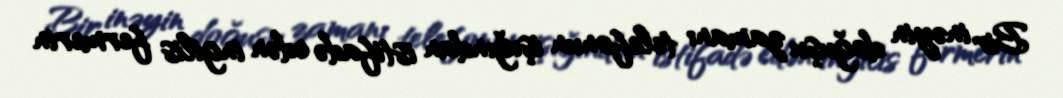
Bir inəyin doğuşu zamanı telefonun işığından istifadə edən ingilis fermerin